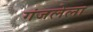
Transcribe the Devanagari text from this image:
गंजलेला